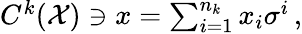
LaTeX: \begin{array}{r}{C^{k}(\mathcal{X})\ni x=\sum_{i=1}^{n_{k}}x_{i}\sigma^{i}\, ,}\end{array}